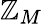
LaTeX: \mathbb{Z}_{M}